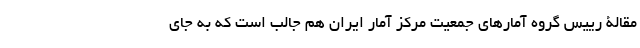
مقالۀ رییس گروه آمارهای جمعیت مرکز آمار ایران هم جالب است که به جای